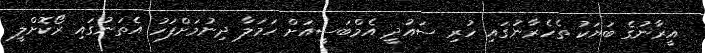
އީރާނުގެ ބަޔަކު ތެހެރާނުގައި ހުރި ސައުދީ އެމްބަސީއަށް ހަމަލާ ދިނުމަށްފަހު އެތަނުގައި ރޯކޮށްލީ